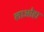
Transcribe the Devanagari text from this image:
लाओहा